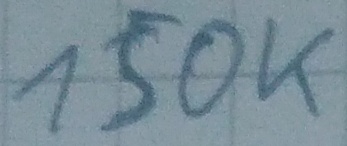
Text: 150K